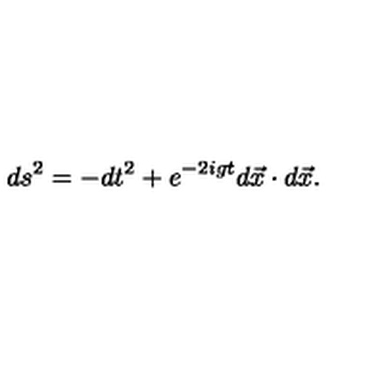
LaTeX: d s ^ { 2 } = - d t ^ { 2 } + e ^ { - 2 i g t } d \vec { x } \cdot d \vec { x } .